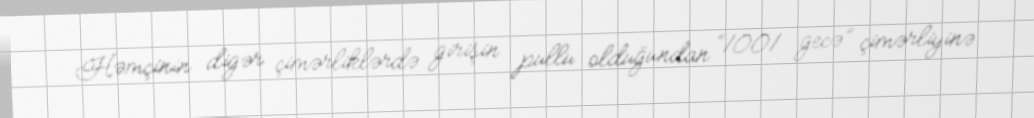
Həmçinin digər çimərliklərdə girişin pullu olduğundan “1001 gecə” çimərliyinə